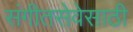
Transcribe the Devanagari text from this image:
संगीतसेवेसाठी